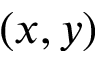
( x , y )